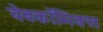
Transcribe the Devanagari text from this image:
वेबकाॅमिक्स